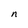
Character: n